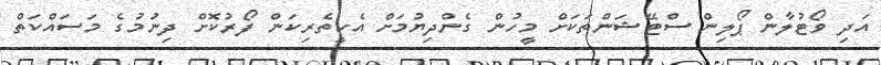
އަދި ވޯޓުލާން ޕޯލިން ސްޓޭޝަންތަކަށް މީހުން ގެންދިޔުމަށް އެހީތެރިކަން ފޯރުކޮށް ދިނުމުގެ މަސައްކަތް